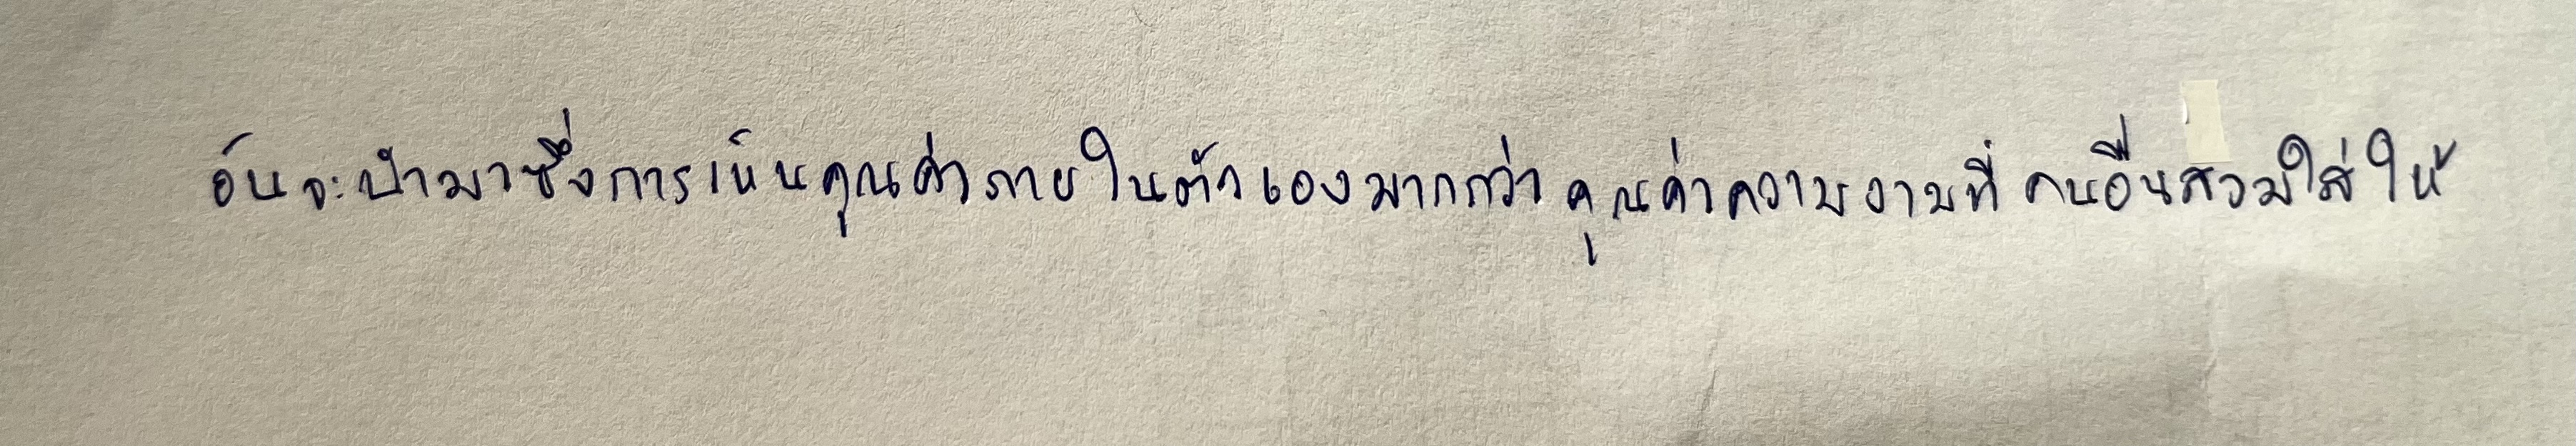
อันจะนำมาซึ่งการเห็นคุณค่าภายในตัวเองมากกว่าคุณค่าความงามที่คนอื่นสวมใส่ให้